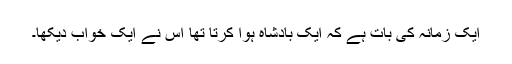
ایک زمانہ کی بات ہے کہ ایک بادشاہ ہوا کرتا تھا اس نے ایک خواب دیکھا۔